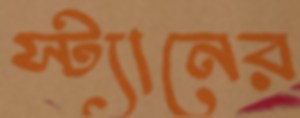
স্ট্যানের